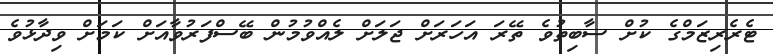
ޓެރެރިޒަމްގެ ކުށް ސާބިތުވެ ތޭރަ އަހަރަށް ޖަލަށް ލެއްވުމުން ބޭސްފަރުވާއަށް ކަމަށް ވިދާޅުވެ